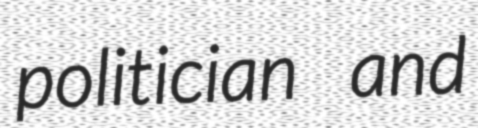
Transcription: politician and